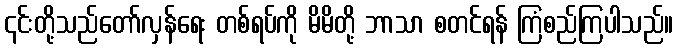
၎င်းတို့သည်တော်လှန်ရေး တစ်ရပ်ကို မိမိတို့ ဘာသာ စတင်ရန် ကြံစည်ကြပါသည်။